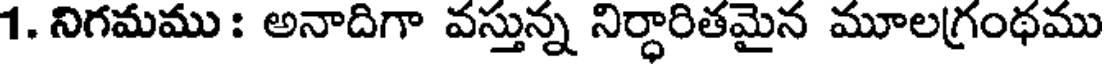
1. నిగమము : అనాదిగా వస్తున్న నిర్ధారితమైన మూలగ్రంథము